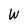
Character: W